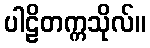
ပါဠိတက္ကသိုလ်။